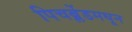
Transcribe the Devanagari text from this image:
पिचब्लेंडमधून